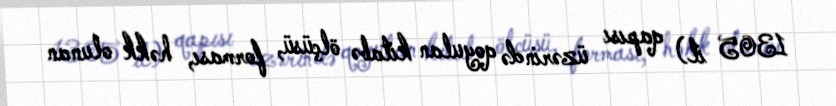
1305 il) qapısı üzərində qoyulan kitabə ölçüsü, forması, həkk olunan